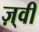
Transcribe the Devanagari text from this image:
ज़्वी